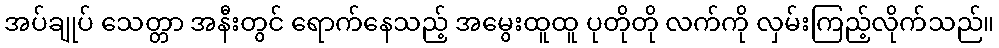
အပ်ချုပ် သေတ္တာ အနီးတွင် ရောက်နေသည့် အမွေးထူထူ ပုတိုတို လက်ကို လှမ်းကြည့်လိုက်သည်။